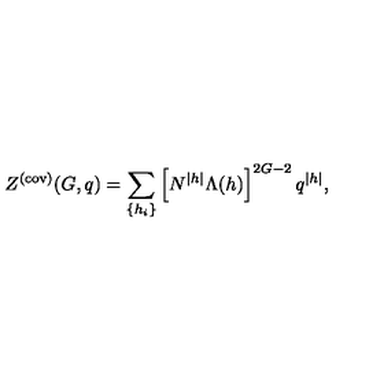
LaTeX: Z ^ { ( \mathrm { c o v ) } } ( G , q ) = \sum _ { \{ h _ { i } \} } \left[ N ^ { | h | } \Lambda ( h ) \right] ^ { 2 G - 2 } q ^ { | h | } ,